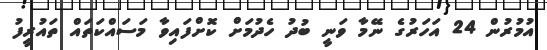
އުމުރުން 24 އަހަރުގެ ނޭމާ ވަނީ ބުދު ހެދުމަށް ކޮށްފައިވާ މަސައްކަތައް ތައުރީފު